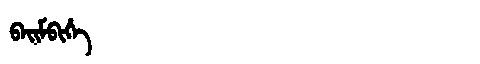
Manchu: ᠪᠠᡳᠮᠪᡳᡥᡝ
Romanization: BAIMBIHE